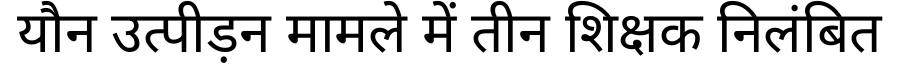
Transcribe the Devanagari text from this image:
यौन उत्पीड़न मामले में तीन शिक्षक निलंबित